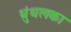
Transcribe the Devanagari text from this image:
धुंधलका